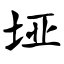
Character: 垭